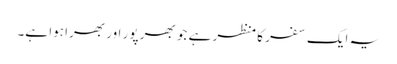
یہ ایک سفر کا منظر ہے جو بھر پور اور بھرا ہوا ہے۔